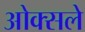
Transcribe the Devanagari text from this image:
ओक्सले